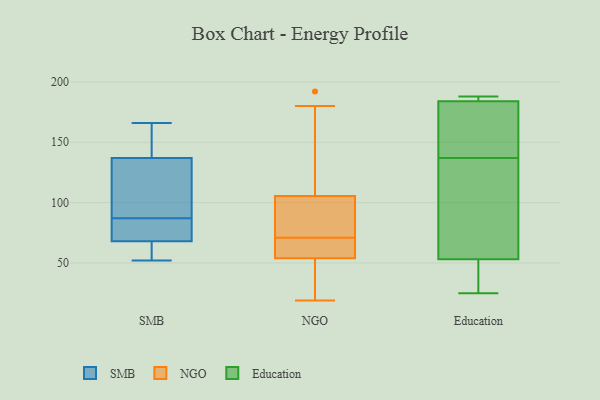
{"axis": {"x": "Revenue (USD Million)", "y": "Value"}, "legend": ["Education", "NGO", "SMB"], "data": [{"x": "", "y": 118, "type": "SMB"}, {"x": "", "y": 88, "type": "SMB"}, {"x": "", "y": 52, "type": "SMB"}, {"x": "", "y": 68, "type": "SMB"}, {"x": "", "y": 137, "type": "SMB"}, {"x": "", "y": 86, "type": "SMB"}, {"x": "", "y": 67, "type": "SMB"}, {"x": "", "y": 166, "type": "SMB"}, {"x": "", "y": 73, "type": "SMB"}, {"x": "", "y": 145, "type": "SMB"}, {"x": "", "y": 66, "type": "NGO"}, {"x": "", "y": 60, "type": "NGO"}, {"x": "", "y": 35, "type": "NGO"}, {"x": "", "y": 192, "type": "NGO"}, {"x": "", "y": 19, "type": "NGO"}, {"x": "", "y": 123, "type": "NGO"}, {"x": "", "y": 82, "type": "NGO"}, {"x": "", "y": 180, "type": "NGO"}, {"x": "", "y": 112, "type": "NGO"}, {"x": "", "y": 54, "type": "NGO"}, {"x": "", "y": 54, "type": "NGO"}, {"x": "", "y": 86, "type": "NGO"}, {"x": "", "y": 83, "type": "NGO"}, {"x": "", "y": 31, "type": "NGO"}, {"x": "", "y": 71, "type": "NGO"}, {"x": "", "y": 25, "type": "Education"}, {"x": "", "y": 105, "type": "Education"}, {"x": "", "y": 40, "type": "Education"}, {"x": "", "y": 53, "type": "Education"}, {"x": "", "y": 173, "type": "Education"}, {"x": "", "y": 184, "type": "Education"}, {"x": "", "y": 169, "type": "Education"}, {"x": "", "y": 187, "type": "Education"}, {"x": "", "y": 62, "type": "Education"}, {"x": "", "y": 188, "type": "Education"}]}